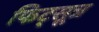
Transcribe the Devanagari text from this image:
फिट्सूत्र